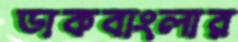
ডাকবাংলার